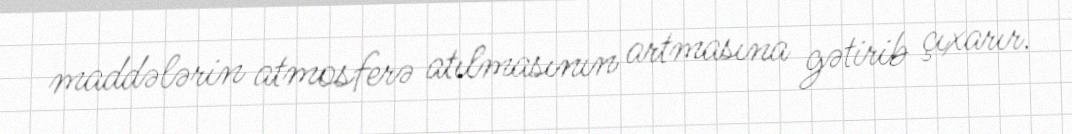
maddələrin atmosferə atılmasının artmasına gətirib çıxarır.